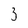
Character: 3